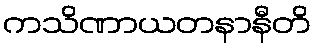
ကသိဏာယတနာနီတိ